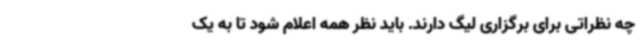
چه نظراتی برای برگزاری لیگ دارند. باید نظر همه اعلام شود تا به یک